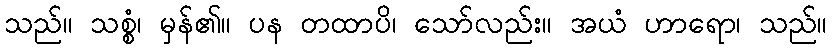
သည်။ သစ္စံ၊ မှန်၏။ ပန တထာပိ၊ သော်လည်း။ အယံ ဟာရော၊ သည်။